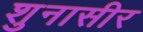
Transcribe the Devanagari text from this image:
शुनासीर